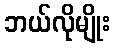
ဘယ်လိုမျိုး